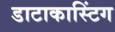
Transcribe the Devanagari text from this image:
डाटाकास्टिंग